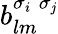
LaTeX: b_{lm}^{\sigma_{i}\; \sigma_{\mathit{j}}}